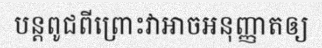
បន្តពូជពីព្រោះវាអាចអនុញ្ញាតឲ្យ